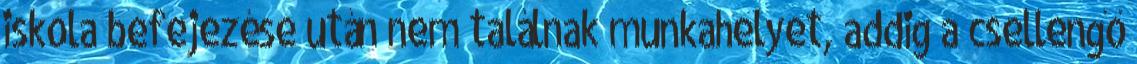
iskola befejezése után nem találnak munkahelyet, addig a csellengő